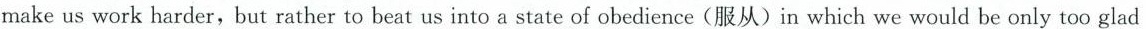
make us work harder, but rather to beat us into a state of obedience(服从)in which we would be only too glad